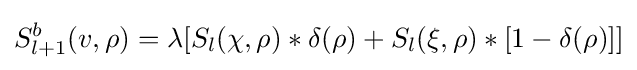
S_{l+1}^{b}(v,\rho )=\lambda [S_{l}(\chi ,\rho )*\delta (\rho )+S_{l}(\xi ,\rho )*[1-\delta (\rho )]]